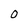
Character: O